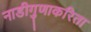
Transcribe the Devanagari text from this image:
नाडीगुणाकरिता